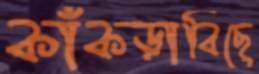
কাঁকড়াবিছে